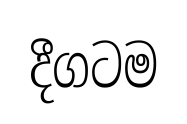
දීගටම